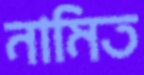
নামিত